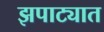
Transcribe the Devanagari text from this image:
झपाट्यात